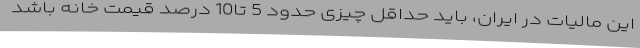
این مالیات در ایران، باید حداقل چیزی حدود 5 تا10 درصد قیمت خانه باشد